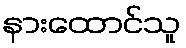
နားထောင်သူ